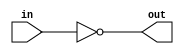
module exemplu(
    output out,
    input in
    );

    not(out, in);
	
endmodule